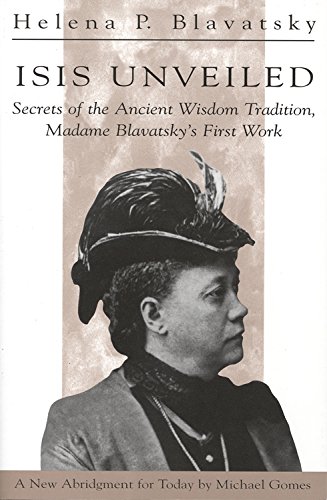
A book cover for Isis Unveiled: Secrets of the Ancient Wisdom Tradition, Madame Blavatsky's First Work; H P Blavatsky; Religion & Spirituality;